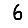
Digit: 6